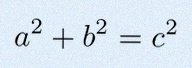
a^2+b^2=c^2